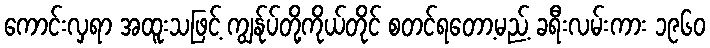
ကောင်းလှရာ အထူးသဖြင့် ကျွန်ုပ်တို့ကိုယ်တိုင် စတင်ရတော့မည့် ခရီးလမ်းကား ၁၉၆၀